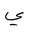
Letter: _ya